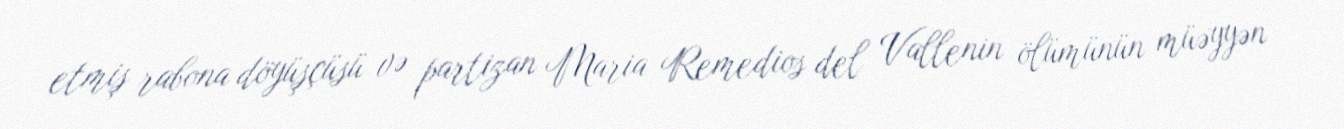
etmiş rabona döyüşçüsü və partizan Maria Remedios del Vallenin ölümünün müəyyən